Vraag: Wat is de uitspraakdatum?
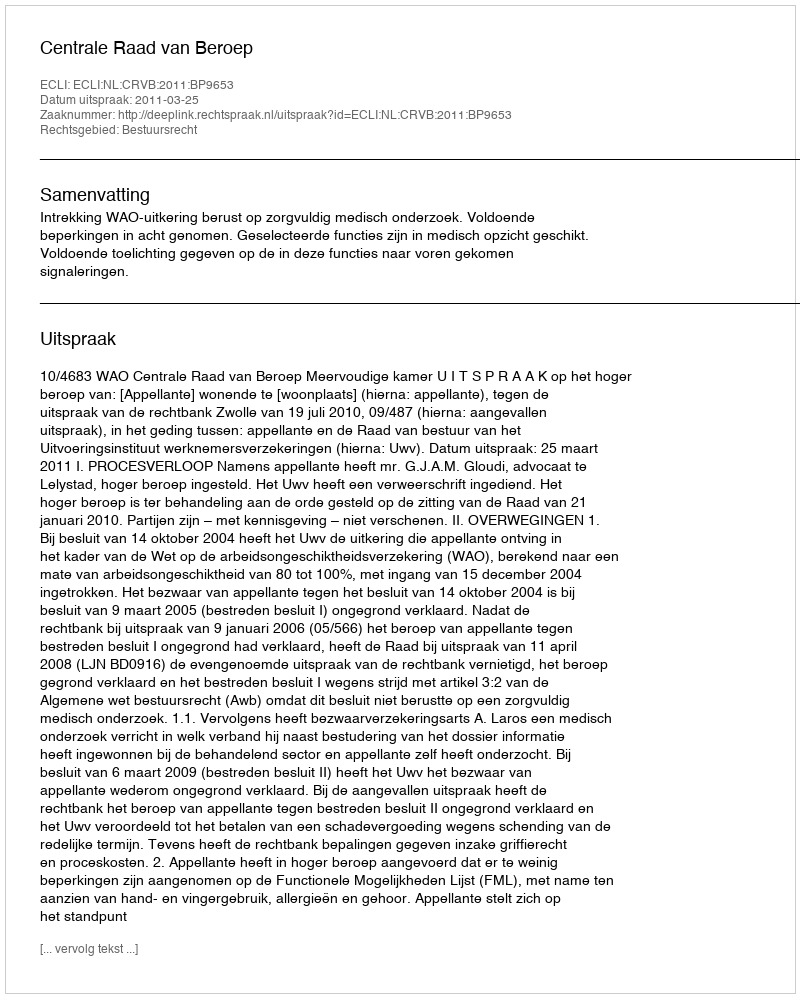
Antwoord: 2011-03-25